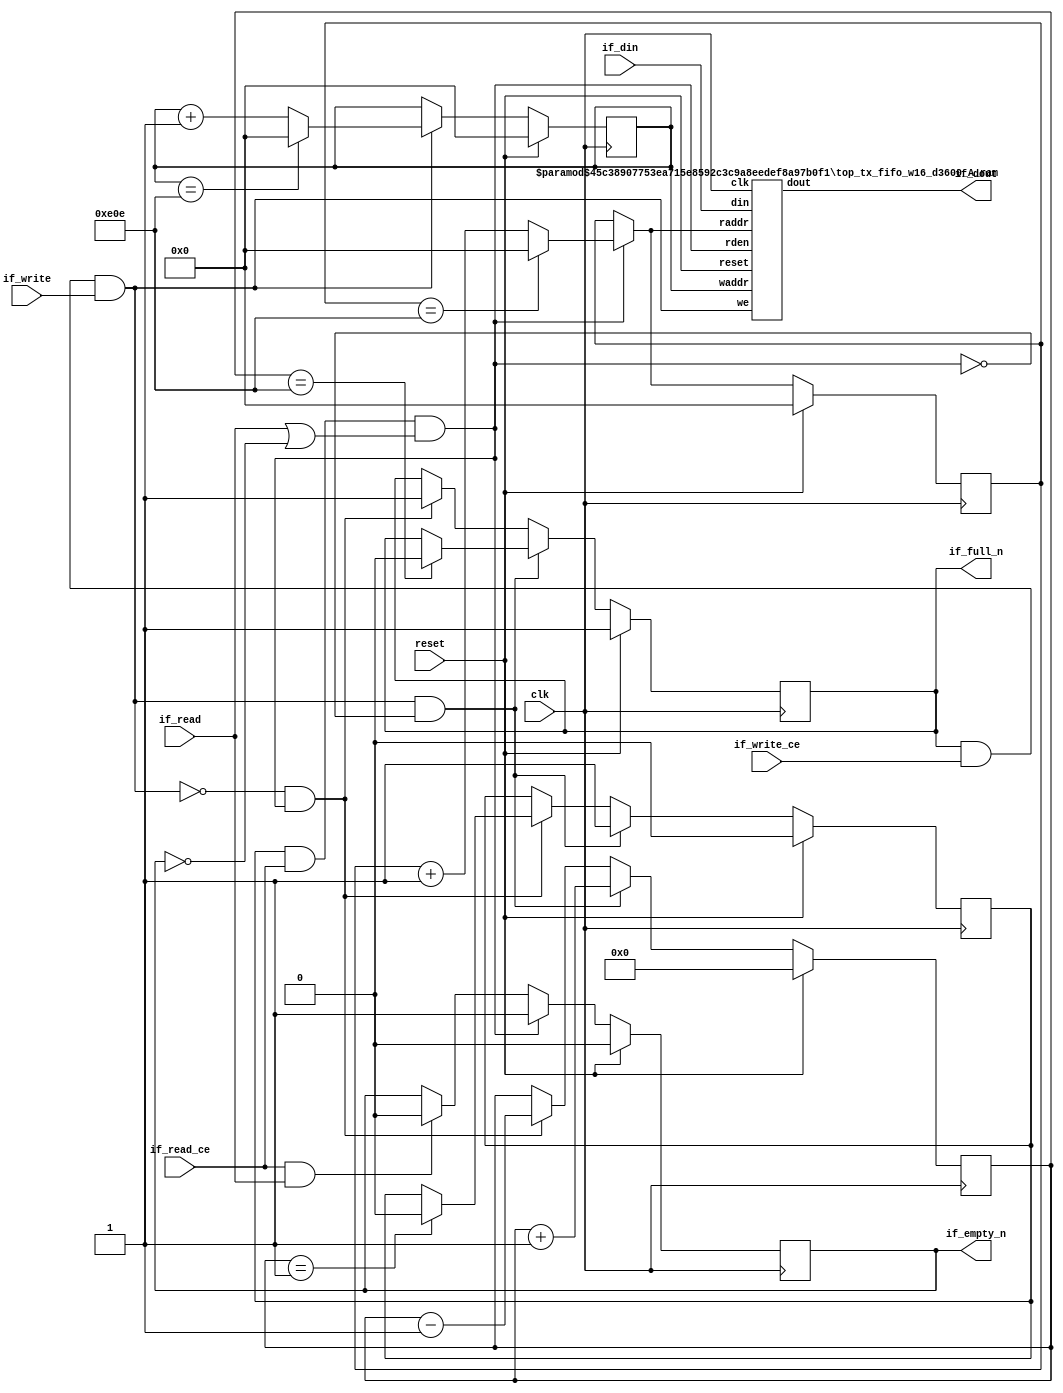
// ==============================================================
// Generated by Vitis HLS v2023.1
// Copyright 1986-2022 Xilinx, Inc. All Rights Reserved.
// Copyright 2022-2023 Advanced Micro Devices, Inc. All Rights Reserved.
// ==============================================================
// 67d7842dbbe25473c3c32b93c0da8047785f30d78e8a024de1b57352245f9689

`timescale 1ns/1ps


module top_tx_fifo_w16_d3600_A
#(parameter
    MEM_STYLE   = "auto",
    DATA_WIDTH  = 16,
    ADDR_WIDTH  = 12,
    DEPTH       = 3599)
(
    // system signal
    input  wire                  clk,
    input  wire                  reset,

    // write
    output wire                  if_full_n,
    input  wire                  if_write_ce,
    input  wire                  if_write,
    input  wire [DATA_WIDTH-1:0] if_din,
    
    // read 
    output wire                  if_empty_n,
    input  wire                  if_read_ce,
    input  wire                  if_read,
    output wire [DATA_WIDTH-1:0] if_dout
);
//------------------------Parameter----------------------

//------------------------Local signal-------------------
    reg  [ADDR_WIDTH-1:0] waddr = 1'b0;
    reg  [ADDR_WIDTH-1:0] raddr = 1'b0;
    wire [ADDR_WIDTH-1:0] wnext;
    wire [ADDR_WIDTH-1:0] rnext;
    wire                  push;
    wire                  pop;
    reg  [ADDR_WIDTH:0]   mOutPtr = 1'b0;
    reg                   empty_n = 1'b0;
    reg                   full_n = 1'b1;
    // has almost full?  no 
    // has output register? 
    reg                   dout_vld = 1'b0;//yes 

//------------------------Instantiation------------------
    top_tx_fifo_w16_d3600_A_ram 
    #(  .MEM_STYLE  (MEM_STYLE),
        .DATA_WIDTH (DATA_WIDTH),
        .ADDR_WIDTH (ADDR_WIDTH),
        .DEPTH      (DEPTH)
    ) U_top_tx_fifo_w16_d3600_A_ram (
        .clk        (clk),
        .reset      (reset),
        .we         (push),
        .waddr      (waddr),
        .din        (if_din),
        .raddr      (rnext), 
        .rden       (pop),   
        .dout       (if_dout)
    );

//------------------------Task and function--------------

//------------------------Body---------------------------
    // has num_data_valid ?  no 

    // has almost full ? 
    assign if_full_n  = full_n; //no 
    assign push       = full_n & if_write_ce & if_write;

    // has output register? 
    assign if_empty_n = dout_vld;  // yes
    assign pop        = empty_n & if_read_ce & (if_read | ~dout_vld); // yes 
    
    assign wnext      = !push                ? waddr :
                        (waddr == DEPTH - 1) ? 1'b0  :
                        waddr + 1'b1;
    assign rnext      = !pop                 ? raddr :
                        (raddr == DEPTH - 1) ? 1'b0  :
                        raddr + 1'b1;

    // waddr
    always @(posedge clk) begin
        if (reset == 1'b1)
            waddr <= 1'b0;
        else
            waddr <= wnext;
    end

    // raddr
    always @(posedge clk) begin
        if (reset == 1'b1)
            raddr <= 1'b0;
        else
            raddr <= rnext;
    end

    // mOutPtr
    always @(posedge clk) begin
        if (reset == 1'b1)
            mOutPtr <= 1'b0;
        else if (push & ~pop)
            mOutPtr <= mOutPtr + 1'b1;
        else if (~push & pop)
            mOutPtr <= mOutPtr - 1'b1;
    end

    // full_n
    always @(posedge clk) begin
        if (reset == 1'b1)
            full_n <= 1'b1;
        else if (push & ~pop) begin
            if (mOutPtr == DEPTH - 1)
                full_n <= 1'b0;
        end
        else if (~push & pop)
            full_n <= 1'b1;
    end

    // almost_full_n 

    // empty_n
    always @(posedge clk) begin
        if (reset == 1'b1)
            empty_n <= 1'b0;
        else if (push & ~pop)
            empty_n <= 1'b1;
        else if (~push & pop) begin
            if (mOutPtr == 1)
                empty_n <= 1'b0;
        end
    end

    // num_data_valid 

    // dout_vld 
    always @(posedge clk) begin
        if (reset == 1'b1)
            dout_vld <= 1'b0;
        else if (pop)
            dout_vld <= 1'b1;
        else if (if_read_ce & if_read)
            dout_vld <= 1'b0;
    end // 

endmodule


module top_tx_fifo_w16_d3600_A_ram
#(parameter
    MEM_STYLE   = "auto",
    DATA_WIDTH  = 16,
    ADDR_WIDTH  = 12,
    DEPTH       = 3599)
(
    input  wire                  clk,
    input  wire                  reset,
    input  wire                  we,
    input  wire [ADDR_WIDTH-1:0] waddr,
    input  wire [DATA_WIDTH-1:0] din,
    input  wire [ADDR_WIDTH-1:0] raddr,
    //output register? 
    input  wire                  rden,
    output reg  [DATA_WIDTH-1:0] dout //yes
);

    (* ram_style = MEM_STYLE, rw_addr_collision = "yes" *)
    reg  [DATA_WIDTH-1:0] mem[0:DEPTH-1];
    reg  [ADDR_WIDTH-1:0] raddr_reg;

    //write to ram
    always @(posedge clk) begin
        if (we)
            mem[waddr] <= din;
    end

    //buffer the raddr
    always @(posedge clk) begin
        raddr_reg <= raddr;
    end

    //read from ram, output register? 
    always @(posedge clk) begin
        if (reset == 1'b1)
            dout <= 0;
        else if (rden)
            dout <= mem[raddr_reg];
    end// yes 

endmodule